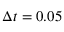
\Delta t = 0 . 0 5